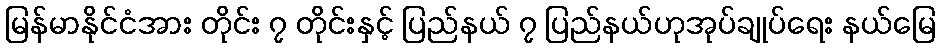
မြန်မာနိုင်ငံအား တိုင်း ၇ တိုင်းနှင့် ပြည်နယ် ၇ ပြည်နယ်ဟုအုပ်ချုပ်ရေး နယ်မြေ